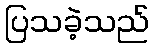
ပြသခဲ့သည်